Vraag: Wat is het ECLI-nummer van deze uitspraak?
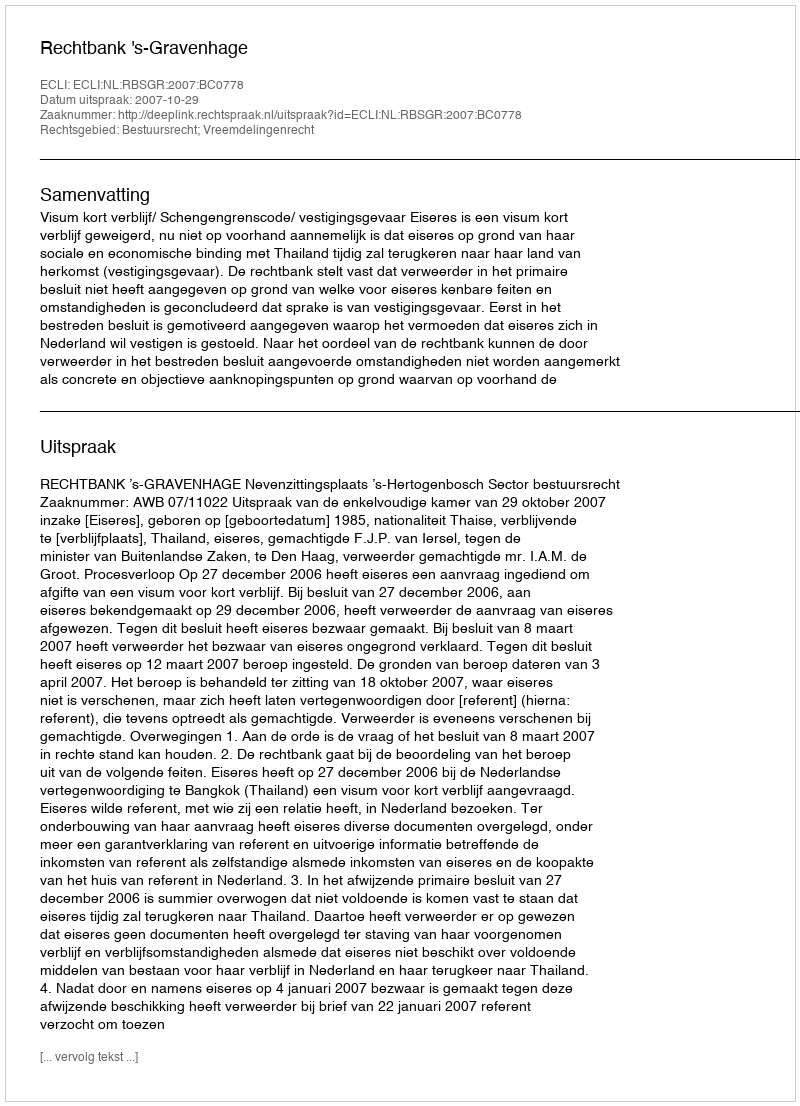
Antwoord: ECLI:NL:RBSGR:2007:BC0778